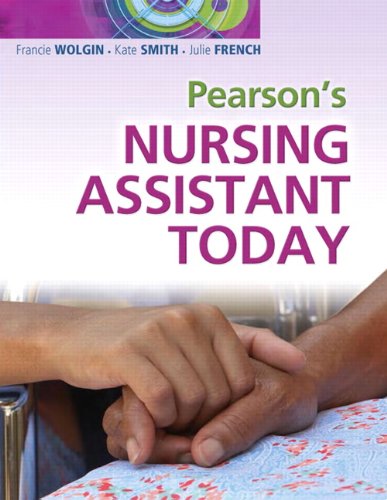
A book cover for Pearson's Nursing Assistant Today; Francie Wolgin; Medical Books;